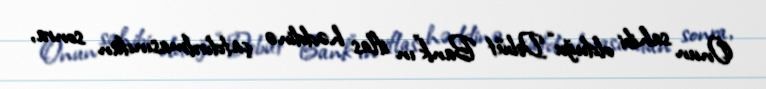
Onun sahibi olduğu “Debüt Bank”ın iflas həddinə çatdırılmasından sonra,